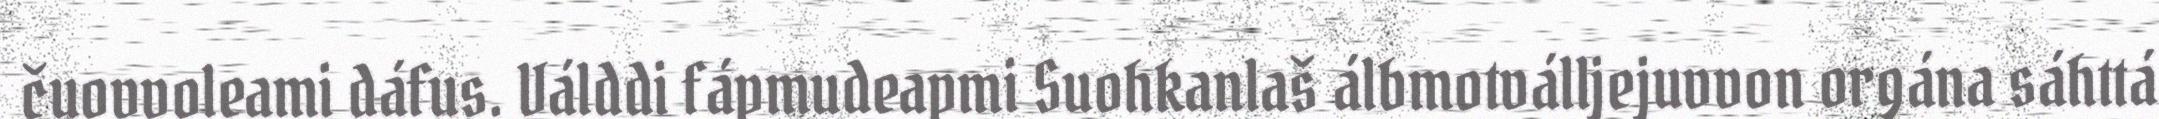
čuovvoleami dáfus. Válddi fápmudeapmi Suohkanlaš álbmotválljejuvvon orgána sáhttá